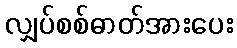
လျှပ်စစ်ဓာတ်အားပေး